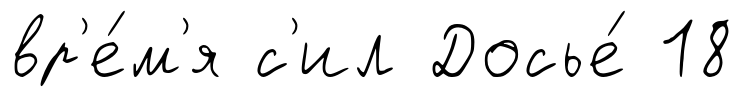
вр'е́м'я с'ил Досье́ 18